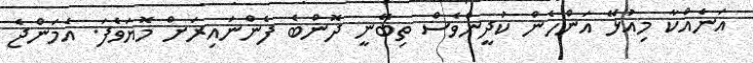
އަނެއްކާ މިއުޅޭ އަންހެން ކުދީންވެސް ތިބޭނީ ދޮންބެ ފެންނައިރަށް މޮޔަވެފަ. އެމަންޖެ